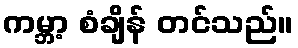
ကမ္ဘာ့ စံချိန် တင်သည်။